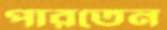
পারতেন